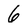
Character: 6